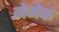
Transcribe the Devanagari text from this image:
नेमेक